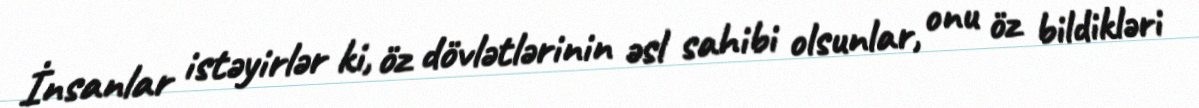
İnsanlar istəyirlər ki, öz dövlətlərinin əsl sahibi olsunlar, onu öz bildikləri